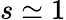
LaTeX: s\simeq 1